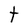
Character: t